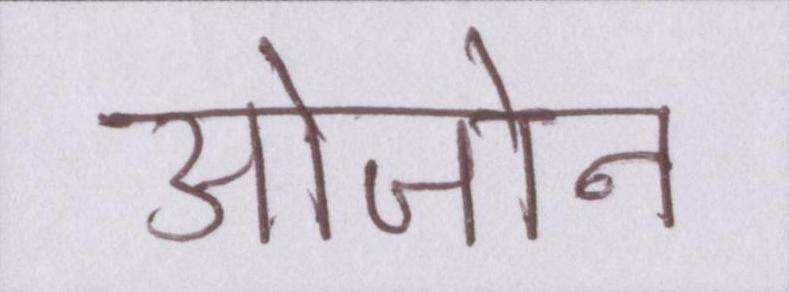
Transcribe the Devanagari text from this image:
ओजोन